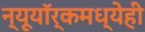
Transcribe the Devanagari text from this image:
न्यूयॉर्कमध्येही